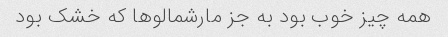
همه چیز خوب بود به جز مارشمالو‌ها که خشک بود